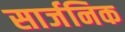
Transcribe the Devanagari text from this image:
सार्जनिक